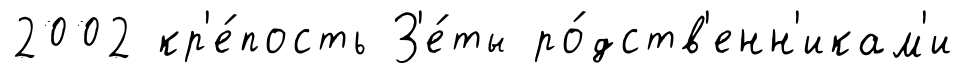
2002 кр'е́пость З'е́ты ро́дств'енн'икам'и